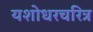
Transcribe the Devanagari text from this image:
यशोधरचरित्र